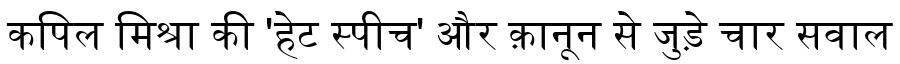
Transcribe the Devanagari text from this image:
कपिल मिश्रा की 'हेट स्पीच' और क़ानून से जुड़े चार सवाल